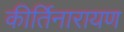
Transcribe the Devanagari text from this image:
कीर्तिनारायण